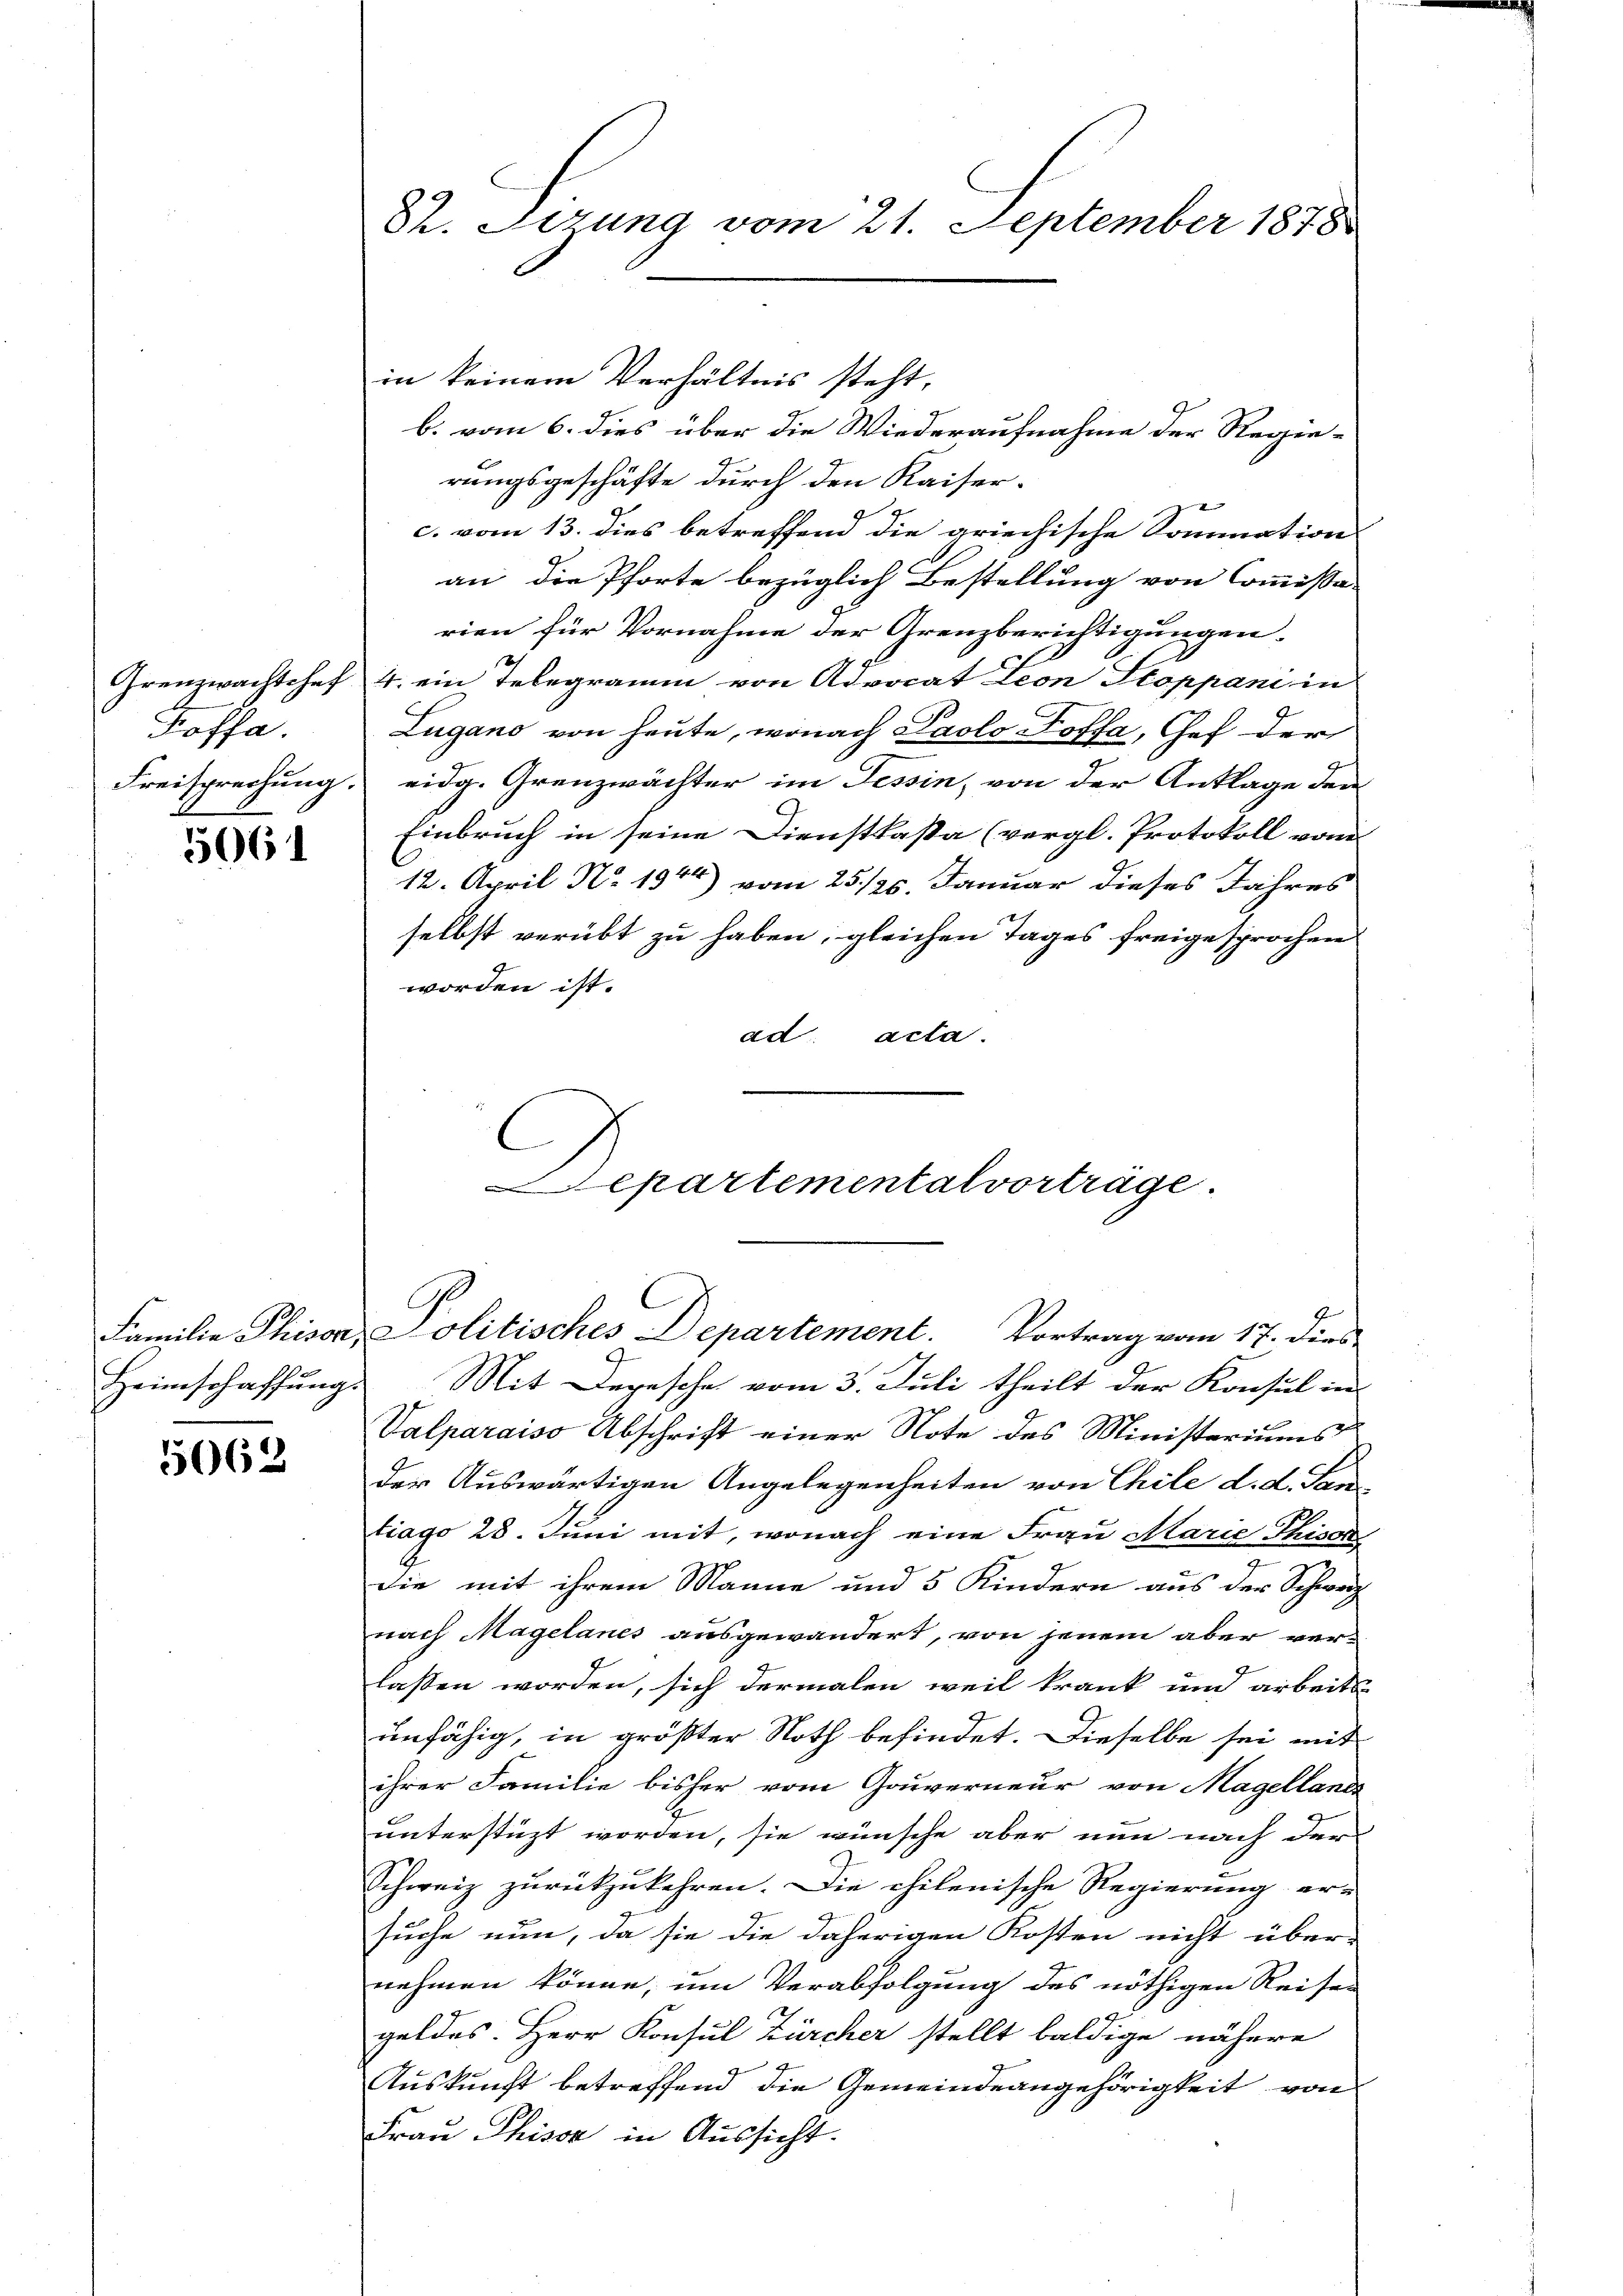
Grenzwachtshof
Poffa

5064

Heimschaffung.

5062

St. Sizung vom 21. September 1878

in keinem Verhältnis steht,
b. vom 6. dies über die Wiederaufnahme der Regierungsgeschäfte durch den Kaiserc. vom 13. dies betreffend die griechische Sommation
an, die Pforte bezüglich Bestellung von Commissa-
rien für Vornahme der Grenzberichtigungen.
4. ein Telegramm von Advocat Leon Stoppani in
Lugano von heute, wonach Paolo Poffa, Chef der
Freisprechung eidg. Grenzwächter im Tessin, von der Anklage der
Einbruch in seine Dienstkasta (vergl. Protokoll von
12. April Nr. 1944) vom 25. 125. Januar dieses Jahres
selbst verübt zu haben; gleichen Tages freigesprochen
worden ist.
ad acta.

C
epartementalvorträge.
Familie Phison, Politisches Departement. Vortrag vom 17. dies

Mit Depesche vom 3. Juli theilt der Konsul in
Valparaiso Abschrift einer Note des Ministeriums
der Auswärtigen Angelegenheiten von Chile d. d. den
tiago 28. Juni mit, wonach eine Frau Marie Thison
die mit ihrem Manne und 5 Kindern aus der Schweiz
nach Magelanes ausgewandert, von jenem aber ver-
lassen worden, sich dermalen weil krank und arbeits-
unfähig, in größter Noth befindet. Dieselbe sei mit
ihrer Familie bisher vom Gouverneur von Magellands
unterstüzt worden, sie wünsche aber nun nach der
Schweiz zurückzukehren. Die chilenische Regierung er-
suche nun, da sie die daherigen Kosten nicht über-
nehmen könne, um Verabfolgung des nöthigen Reisen
geldes. Herr Konsul Zürcher stellt baldige nähere
Auskunft betreffend die Gemeindeangehörigkeit von
Frau Thisse in Aussicht.